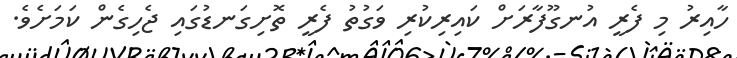
ހާއިރު މި ފެރީ އުނގޫފާރަށް ކައިރިކުރި ވަގުތު ފެރީ ތޮށިގަނޑުގައި ޖެހިގެން ކަމަށެވެ.